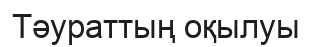
Тәураттың оқылуы